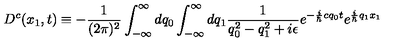
D ^ { c } ( x _ { 1 } , t ) \equiv - \frac { 1 } { ( 2 \pi ) ^ { 2 } } \int _ { - \infty } ^ { \infty } d q _ { 0 } \int _ { - \infty } ^ { \infty } d q _ { 1 } \frac { 1 } { q _ { 0 } ^ { 2 } - q _ { 1 } ^ { 2 } + i \epsilon } e ^ { - \frac { i } { \hbar } c q _ { 0 } t } e ^ { \frac { i } { \hbar } q _ { 1 } x _ { 1 } }